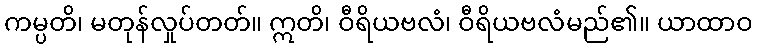
ကမ္ပတိ၊ မတုန်လှုပ်တတ်။ ဣတိ၊ ဝီရိယဗလံ၊ ဝီရိယဗလံမည်၏။ ယာထာဝ